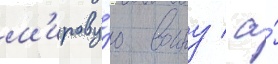
м'ирову́ю воину / а́